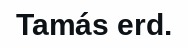
Tamás erd.